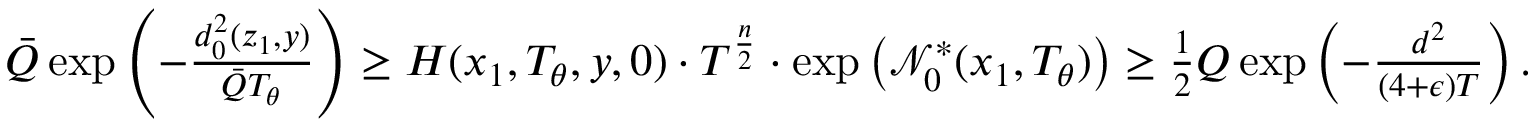
\begin{array} { r } { \bar { Q } \exp \left( - \frac { d _ { 0 } ^ { 2 } ( z _ { 1 } , y ) } { \bar { Q } T _ { \theta } } \right) \ge H ( x _ { 1 } , T _ { \theta } , y , 0 ) \cdot T ^ { \frac { n } { 2 } } \cdot \exp \left( \ensuremath { \mathcal { N } } _ { 0 } ^ { * } ( x _ { 1 } , T _ { \theta } ) \right) \ge \frac { 1 } { 2 } Q \exp \left( - \frac { d ^ { 2 } } { ( 4 + \epsilon ) T } \right) . } \end{array}